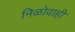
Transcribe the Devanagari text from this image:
निळोवाही